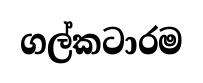
ගල්කටාරම